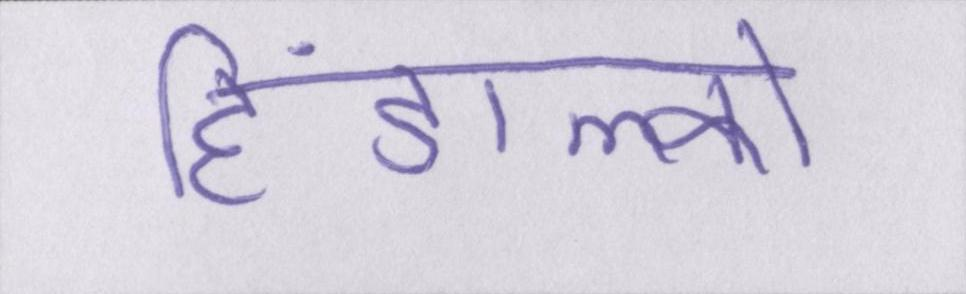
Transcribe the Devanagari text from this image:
हिंडाल्को